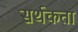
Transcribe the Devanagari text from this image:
सर्थकता